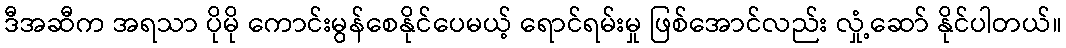
ဒီအဆီက အရသာ ပိုမို ကောင်းမွန်စေနိုင်ပေမယ့် ရောင်ရမ်းမှု ဖြစ်အောင်လည်း လှုံ့ဆော် နိုင်ပါတယ်။